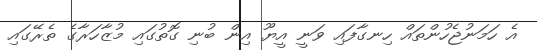
އެ ހަމަނުޖެހުންތައް ހިނގާފައި ވަނީ އީޔޫ އިން ބުނި ގޮތުގައި މުޒާހަރާގެ ތެރޭގައި